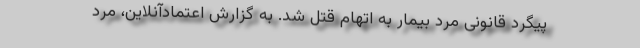
پیگرد قانونی مرد بیمار به اتهام قتل شد. به گزارش اعتمادآنلاین، مرد